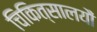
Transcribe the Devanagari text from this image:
चिकित्सालयौं